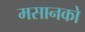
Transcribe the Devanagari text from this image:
मसानको